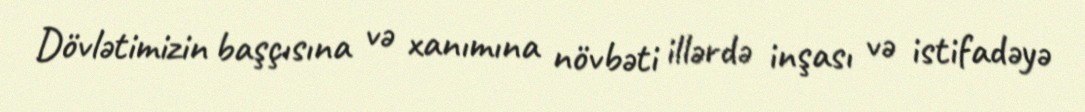
Dövlətimizin başçısına və xanımına növbəti illərdə inşası və istifadəyə